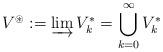
LaTeX: \begin{align*}V^\circledast:= \varinjlim V_{k}^*=\bigcup_{k=0}^{\infty}V_{k}^*\end{align*}